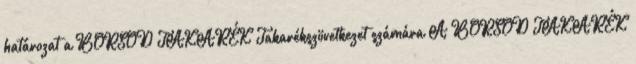
határozat a BORSOD TAKARÉK Takarékszövetkezet számára A BORSOD TAKARÉK